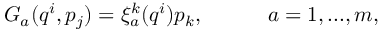
G _ { a } ( q ^ { i } , p _ { j } ) = \xi _ { a } ^ { k } ( q ^ { i } ) p _ { k } , ~ ~ ~ ~ ~ ~ ~ ~ ~ a = 1 , . . . , m ,